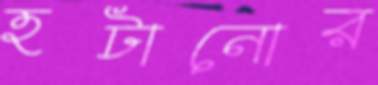
হটানোর